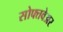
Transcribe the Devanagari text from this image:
सोफ्तवेअर